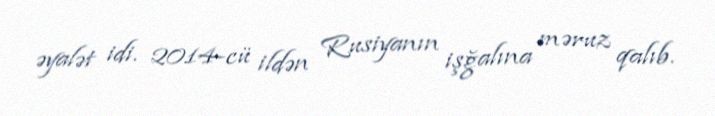
əyalət idi. 2014-cü ildən Rusiyanın işğalına məruz qalıb.